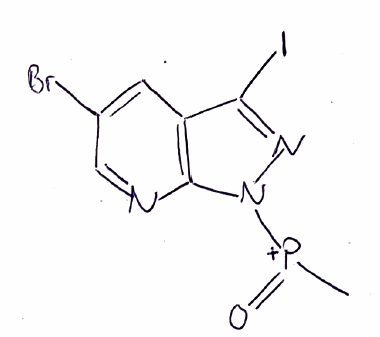
Simplified molecular-input line-entry system (SMILES) notation of the given molecule:
C[P+](=O)N1C2=C(C=C(C=N2)Br)C(=N1)I